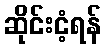
ဆိုင်းငံ့ရန်